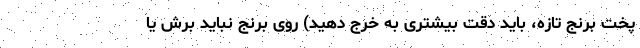
پخت برنج تازه، باید دقت بیشتری به خرج دهید) روی برنج نباید برش یا